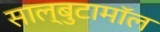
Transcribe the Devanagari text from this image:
साल्बुटामॉल